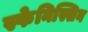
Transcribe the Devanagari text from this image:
स्फेनिस्सिन